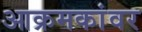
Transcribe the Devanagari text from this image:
आक्रमकांवर